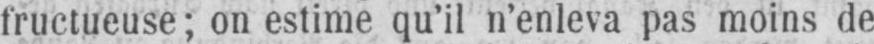
fructueuse; on estime qu’il n’enleva pas moins de